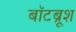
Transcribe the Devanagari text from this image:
बॉटब्रूश